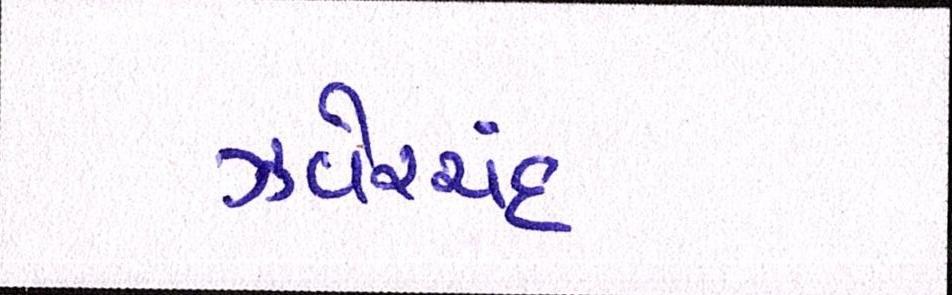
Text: ઝવેરચંદ